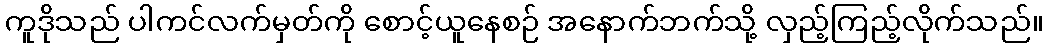
ကူဒိုသည် ပါကင်လက်မှတ်ကို စောင့်ယူနေစဉ် အနောက်ဘက်သို့ လှည့်ကြည့်လိုက်သည်။